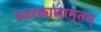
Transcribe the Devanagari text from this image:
उत्तरकालामृतम्